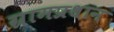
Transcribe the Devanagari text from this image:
ग्रामप्रधान